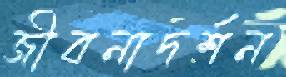
জীবনাদর্শন